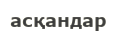
асқандар